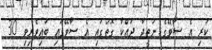
ކުރި އެ ސާވޭގެ ނަތީޖާ ދައްކާ ގޮތުގައި އެ ސާވޭގައި ބައިވެރިވި 30